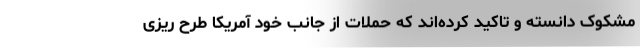
مشکوک دانسته و تاکید کرده‌اند که حملات از جانب خود آمریکا طرح ریزی